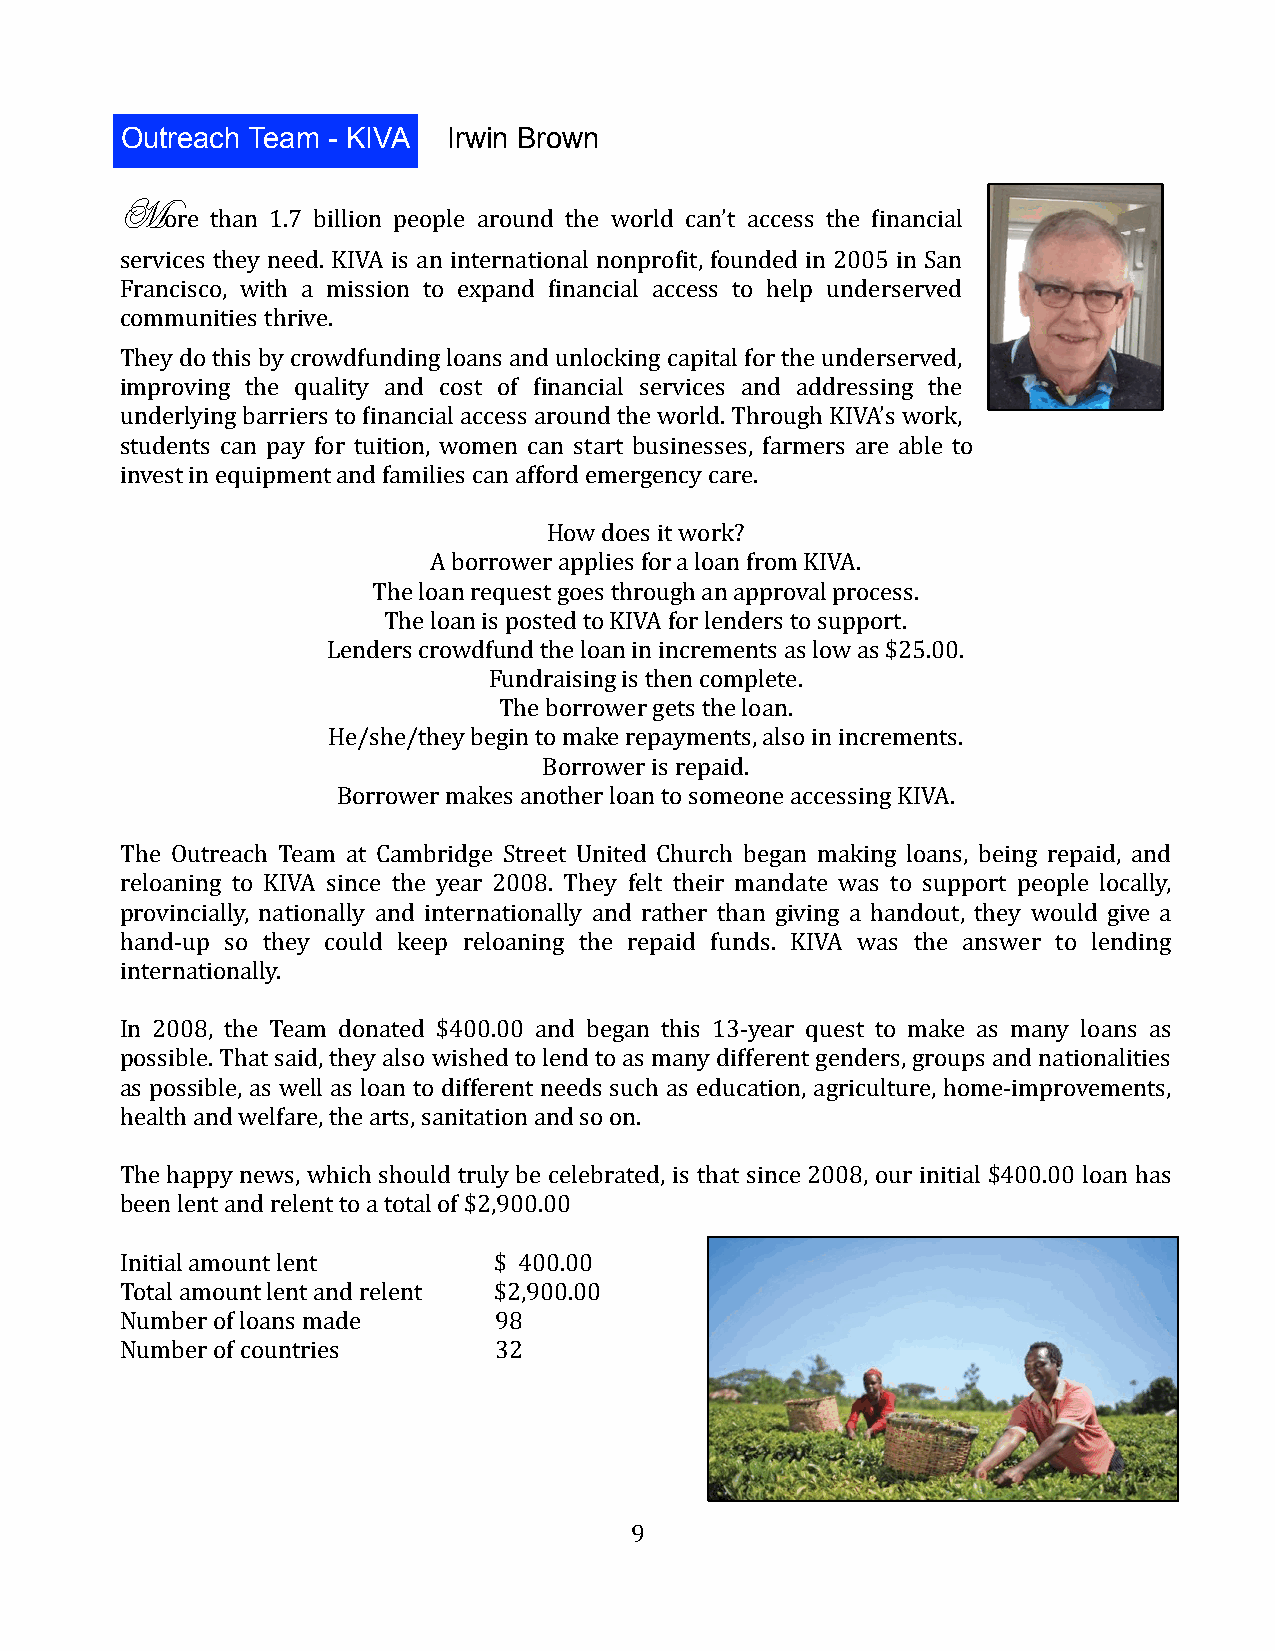
Outreach Team - KIVA  Irwin Brown
 More  than 1.7 billion people around the world can’t access the 7inancial
 services they need. KIVA is an international nonpro7it, founded in 2005 in San
 Francisco, with a mission to expand 7inancial access to help underserved
 communities thrive.
 They do this by crowdfunding loans and unlocking capital for the underserved,
 improving the quality and cost of 7inancial services and addressing the
 underlying barriers to 7inancial access around the world. Through KIVA’s work,
 students can pay for tuition, women can start businesses, farmers are able to
 invest in equipment and families can afford emergency care.
 How does it work?
 A borrower applies for a loan from KIVA.
 The loan request goes through an approval process.
 The loan is posted to KIVA for lenders to support.
 Lenders crowdfund the loan in increments as low as $25.00.
 Fundraising is then complete.
 The borrower gets the loan.
 He/she/they begin to make repayments, also in increments.
 Borrower is repaid.
 Borrower makes another loan to someone accessing KIVA.
 The Outreach Team at Cambridge Street United Church began making loans, being repaid, and
 reloaning to KIVA since the year 2008. They felt their mandate was to support people locally,
 provincially, nationally and internationally and rather than giving a handout, they would give a
 hand-up so they could keep reloaning the repaid funds. KIVA was the answer to lending
 internationally.
 In 2008, the Team donated $400.00 and began this 13-year quest to make as many loans as
 possible. That said, they also wished to lend to as many different genders, groups and nationalities
 as possible, as well as loan to different needs such as education, agriculture, home-improvements,
 health and welfare, the arts, sanitation and so on.
 The happy news, which should truly be celebrated, is that since 2008, our initial $400.00 loan has
 been lent and relent to a total of $2,900.00
 Initial amount lent      $ 400.00
 Total amount lent and relent $2,900.00
 Number of loans made     98
 Number of countries      32
 9